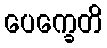
ပေက္ခေတိ